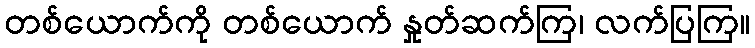
တစ်ယောက်ကို တစ်ယောက် နှုတ်ဆက်ကြ၊ လက်ပြကြ။